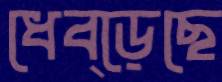
ধেব্‌ড়েছে